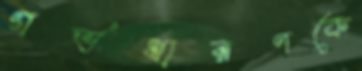
গর্ভধারণকে